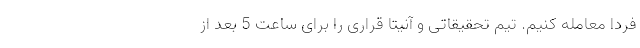
فردا معامله کنیم. تیم تحقیقاتی و آنیتا قراری را برای ساعت 5 بعد از